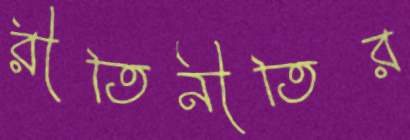
রীতিনীতির